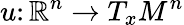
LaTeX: u\colon\mathbb{R}^{n}\rightarrow T_{x}M^{n}